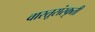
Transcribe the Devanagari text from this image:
वास्तूसंस्कृती